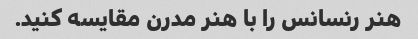
هنر رنسانس را با هنر مدرن مقایسه کنید.